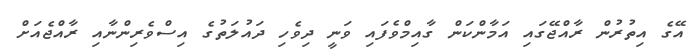
އޭގެ އިތުރުން ރާއްޖޭގައި އަމާންކަން ގާއިމްވެފައި ވަނީ ދިވެހި ދައުލަތުގެ އިސްވެރިންނާއި ރާއްޖެއަށް